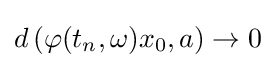
d\left(\varphi (t_{n},\omega )x_{0},a\right)\to 0